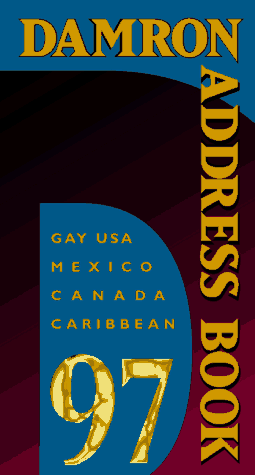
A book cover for The Damron Address Book 97 (Damron Men's Travel Guide); Ian Philips; Gay & Lesbian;